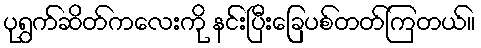
ပုရွက်ဆိတ်ကလေးကို နင်းပြီးခြေပစ်တတ်ကြတယ်။